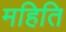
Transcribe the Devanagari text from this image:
महिति